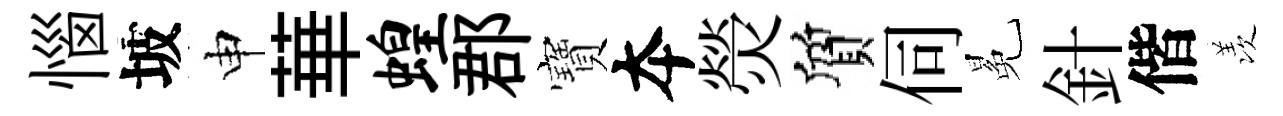
惱坡申華蝗郡寶夲熒質伺冕針偕羡